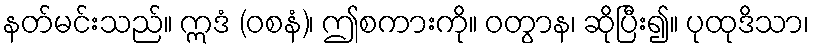
နတ်မင်းသည်။ ဣဒံ (ဝစနံ)၊ ဤစကားကို။ ဝတွာန၊ ဆိုပြီး၍။ ပုထုဒိသာ၊